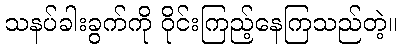
သနပ်ခါးခွက်ကို ဝိုင်းကြည့်နေကြသည်တဲ့။